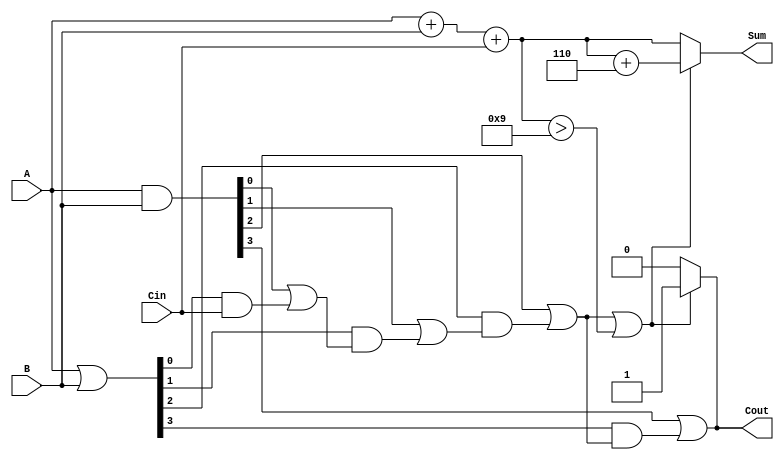
module BCD_Carry_Lookahead_Adder (
    input [3:0] A,      // First BCD digit
    input [3:0] B,      // Second BCD digit
    input Cin,          // Carry input
    output reg [3:0] Sum, // BCD sum output
    output reg Cout      // Carry output
);

    wire [4:0] S;       // 5-bit sum to accommodate carry
    wire [3:0] G;       // Generate signals
    wire [3:0] P;       // Propagate signals
    wire C1, C2, C3;    // Carry signals

    // Step 1: Calculate initial binary sum
    assign S = A + B + Cin;

    // Step 2: Generate and Propagate signals
    assign G = A & B;   // Generate signals
    assign P = A | B;   // Propagate signals

    // Step 3: Carry calculation using carry lookahead logic
    assign C1 = G[0] | (P[0] & Cin);
    assign C2 = G[1] | (P[1] & C1);
    assign C3 = G[2] | (P[2] & C2);
    assign Cout = G[3] | (P[3] & C3);

    // Step 4: BCD Correction Logic
    always @(*) begin
        if (C3 || S[3:0] > 4'd9) begin
            Sum = S[3:0] + 4'd6; // Correcting the sum
        end else begin
            Sum = S[3:0]; // No correction needed
        end
    end

    // Step 5: Final Carry Output
    always @(*) begin
        if (C3 || S[3:0] > 4'd9) begin
            Cout = 1; // Carry out if correction is applied
        end else begin
            Cout = 0; // No carry out
        end
    end

endmodule